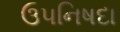
ઉપનિષદા